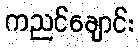
ကညင်ချောင်း